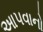
આ૫વાનો